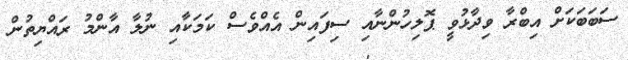
ސަބަބަކަށް އިބްރާ ވިދާޅުވީ ޕޮލިހުންނާއި ސިފައިން އެއްވެސް ކަމަކާއި ނުލާ އާންމު ރައްޔިތުން